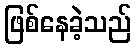
ဖြစ်နေခဲ့သည်